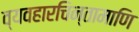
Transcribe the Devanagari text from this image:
व्यवहारचिन्तामाणि